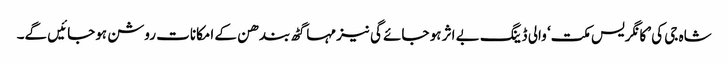
شاہ جی کی ’کانگریس مکت‘ والی ڈینگ بے اثر ہو جائے گی نیز مہاگٹھ بندھن کے امکانات روشن ہوجائیں گے۔